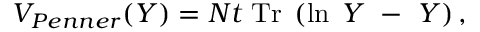
V _ { P e n n e r } ( Y ) = N t \; \mathrm { T r } \; \left( \ln \; Y ~ - ~ Y \right) ,